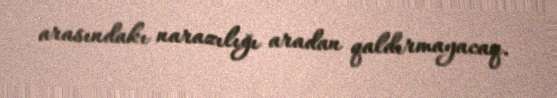
arasındakı narazılığı aradan qaldırmayacaq.